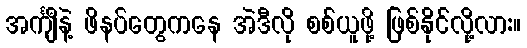
အင်္ကျီနဲ့ ဖိနပ်တွေကနေ အဲဒီလို စစ်ယူဖို့ ဖြစ်နိုင်လို့လား။